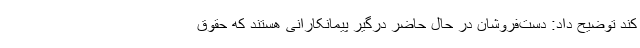
کند توضیح داد: دست‌فروشان در حال حاضر درگیر پیمانکارانی هستند که حقوق